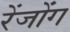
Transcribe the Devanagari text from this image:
रेंजोंग